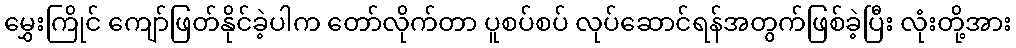
မွှေးကြိုင် ကျော်ဖြတ်နိုင်ခဲ့ပါက တော်လိုက်တာ ပူစပ်စပ် လုပ်ဆောင်ရန်အတွက်ဖြစ်ခဲ့ပြီး လုံးတို့အား